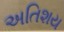
અતિશય